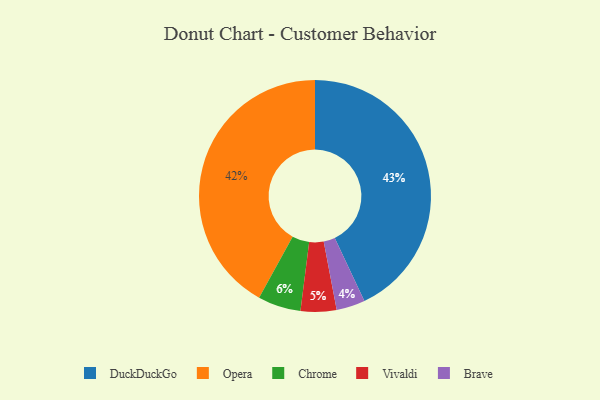
{"axis": {"x": "Category", "y": "Percentage"}, "legend": ["Brave", "Chrome", "DuckDuckGo", "Opera", "Vivaldi"], "data": [{"x": "Vivaldi", "y": 5, "type": "Vivaldi"}, {"x": "Opera", "y": 42, "type": "Opera"}, {"x": "DuckDuckGo", "y": 43, "type": "DuckDuckGo"}, {"x": "Brave", "y": 4, "type": "Brave"}, {"x": "Chrome", "y": 6, "type": "Chrome"}]}